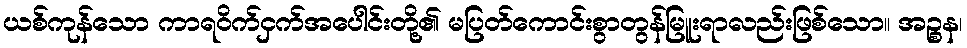
ယစ်ကုန်သော ကာရဝိက်ငှက်အပေါင်းတို့၏ မပြတ်ကောင်းစွာတွန်မြူးရာလည်းဖြစ်သော။ အဉ္စန၊